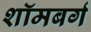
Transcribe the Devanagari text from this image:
शॉमबर्ग